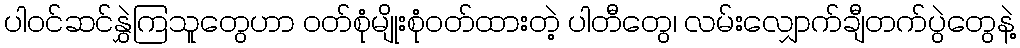
ပါဝင်ဆင်နွှဲကြသူတွေဟာ ဝတ်စုံမျိုးစုံဝတ်ထားတဲ့ ပါတီတွေ၊ လမ်းလျှောက်ချီတက်ပွဲတွေနဲ့